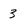
Character: 3